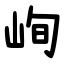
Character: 峋